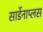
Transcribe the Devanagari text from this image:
सार्डेनाप्लस